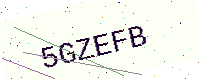
Text: 5GZEFB